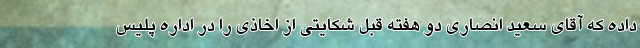
داده که آقای سعید انصاری دو هفته قبل شکایتی از اخاذی را در اداره پلیس